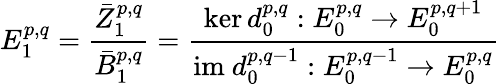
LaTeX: E_{1}^{p,q}={\frac{{\bar{Z}}_{1}^{p,q}}{{\bar{B}}_{1}^{p,q}}}={\frac{\ker d_{0}^{p,q}:E_{0}^{p,q}\rightarrow E_{0}^{p,q+1}}{{\mathrm{im~}}d_{0}^{p,q-1}:E_{0}^{p,q-1}\rightarrow E_{0}^{p,q}}}